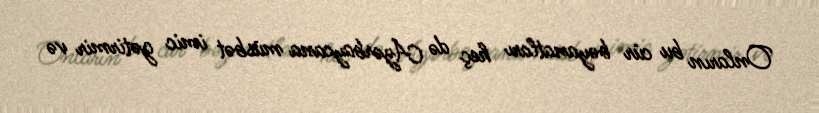
Onların bu cür bəyanatları heç də Azərbaycana müsbət imic gətirmir və